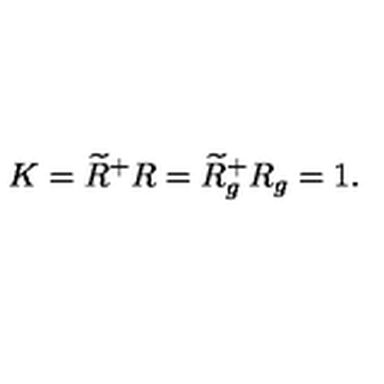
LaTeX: K = \widetilde { R } ^ { + } R = \widetilde { R } _ { g } ^ { + } R _ { g } = 1 .